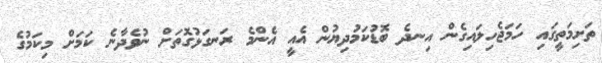
ތަށިމަތީގައި ހަމަޖެހިލައިގެން އިނދެ ބޮޑުކަމުދިޔުން އެއީ އެންމެ ރަނގަޅުގޮތަށް ނުވެދާނެ ކަމަށް މިކަމުގެ